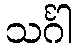
သင်္ဂါ